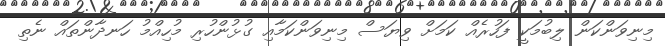
މިނިވަންކަން ލިބުމަކީ ފަހުރެއް ކަމަށް ވިޔަސް މިނިވަންކަމާއި ގުޅުންހުރި މުހިއްމު ހަނދާންތައް ނެތި